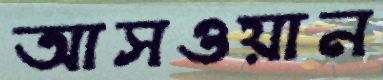
আসওয়ান